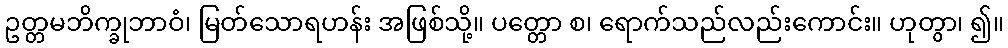
ဥတ္တမဘိက္ခုဘာဝံ၊ မြတ်သောရဟန်း အဖြစ်သို့။ ပတ္တော စ၊ ရောက်သည်လည်းကောင်း။ ဟုတွာ၊ ၍။